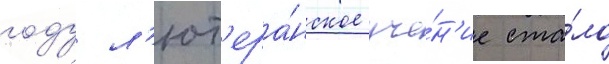
году л'ют'ера́нское уче́н'ие ста́ло